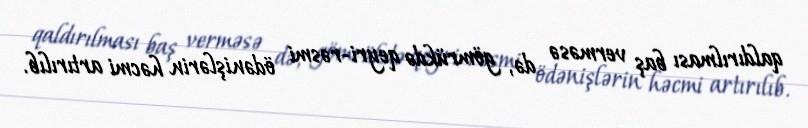
qaldırılması baş verməsə də, gömrükdə qeyri-rəsmi ödənişlərin həcmi artırılıb.